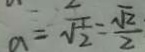
a = \sqrt { \frac { 1 } { 2 } } = \frac { \sqrt { 2 } } { 2 }